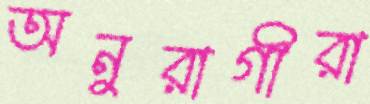
অনুরাগীরা